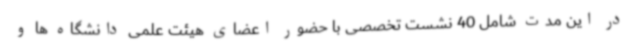
در این مدت شامل 40 نشست تخصصی با حضور اعضای هیئت علمی دانشگاه ها و